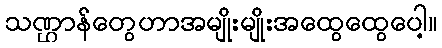
သဏ္ဌာန်တွေဟာအမျိုးမျိုးအထွေထွေပေါ့။